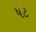
ષટ